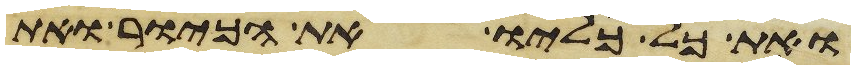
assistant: ואת כל כליו את הכיור ואת